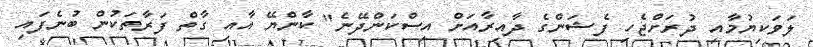
ލަވަކިޔުމާއި ދުރަށްޖެހި ފެޝަންގެ ދާއިރާއަށް އިސްކަންދޭނެ" ކާންޔޭ އާއި ގާތް ފަރާތަކުން ބުނެފައި